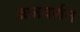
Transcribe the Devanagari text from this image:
व्रजवर्णन